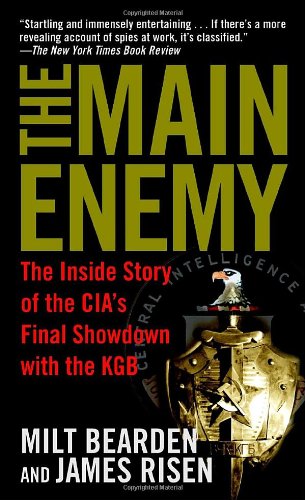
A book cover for The Main Enemy: The Inside Story of the CIA's Final Showdown with the KGB; Milton Bearden; Biographies & Memoirs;